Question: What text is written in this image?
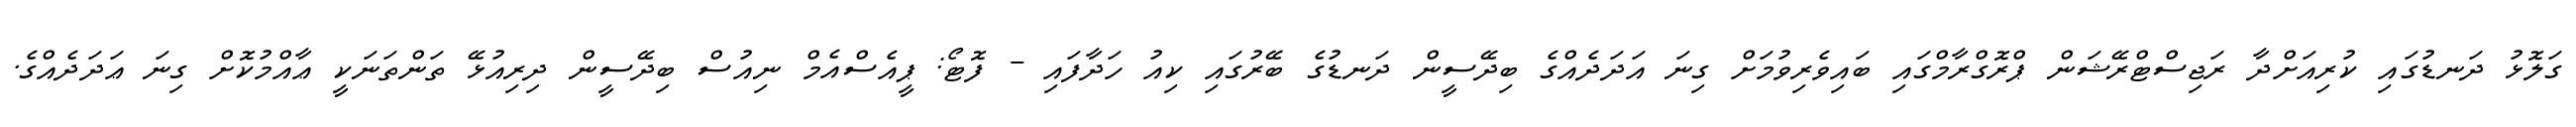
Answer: ގަލޮޅު ދަނޑުގައި ކުރިއަށްދާ ރަޖިސްޓްރޭޝަން ޕްރޮގްރާމްގައި ބައިވެރިވުމަށް ގިނަ އަދަދެއްގެ ބިދޭސީން ދަނޑުގެ ބޭރުގައި ކިއު ހަދާފައި - ފޮޓޯ: ޕީއެސްއެމް ނިއުސް ބިދޭސީން ދިރިއުޅޭ ތަންތަނަކީ ޢާއްމުކޮށް ގިނަ ޢަދަދެއްގެ.